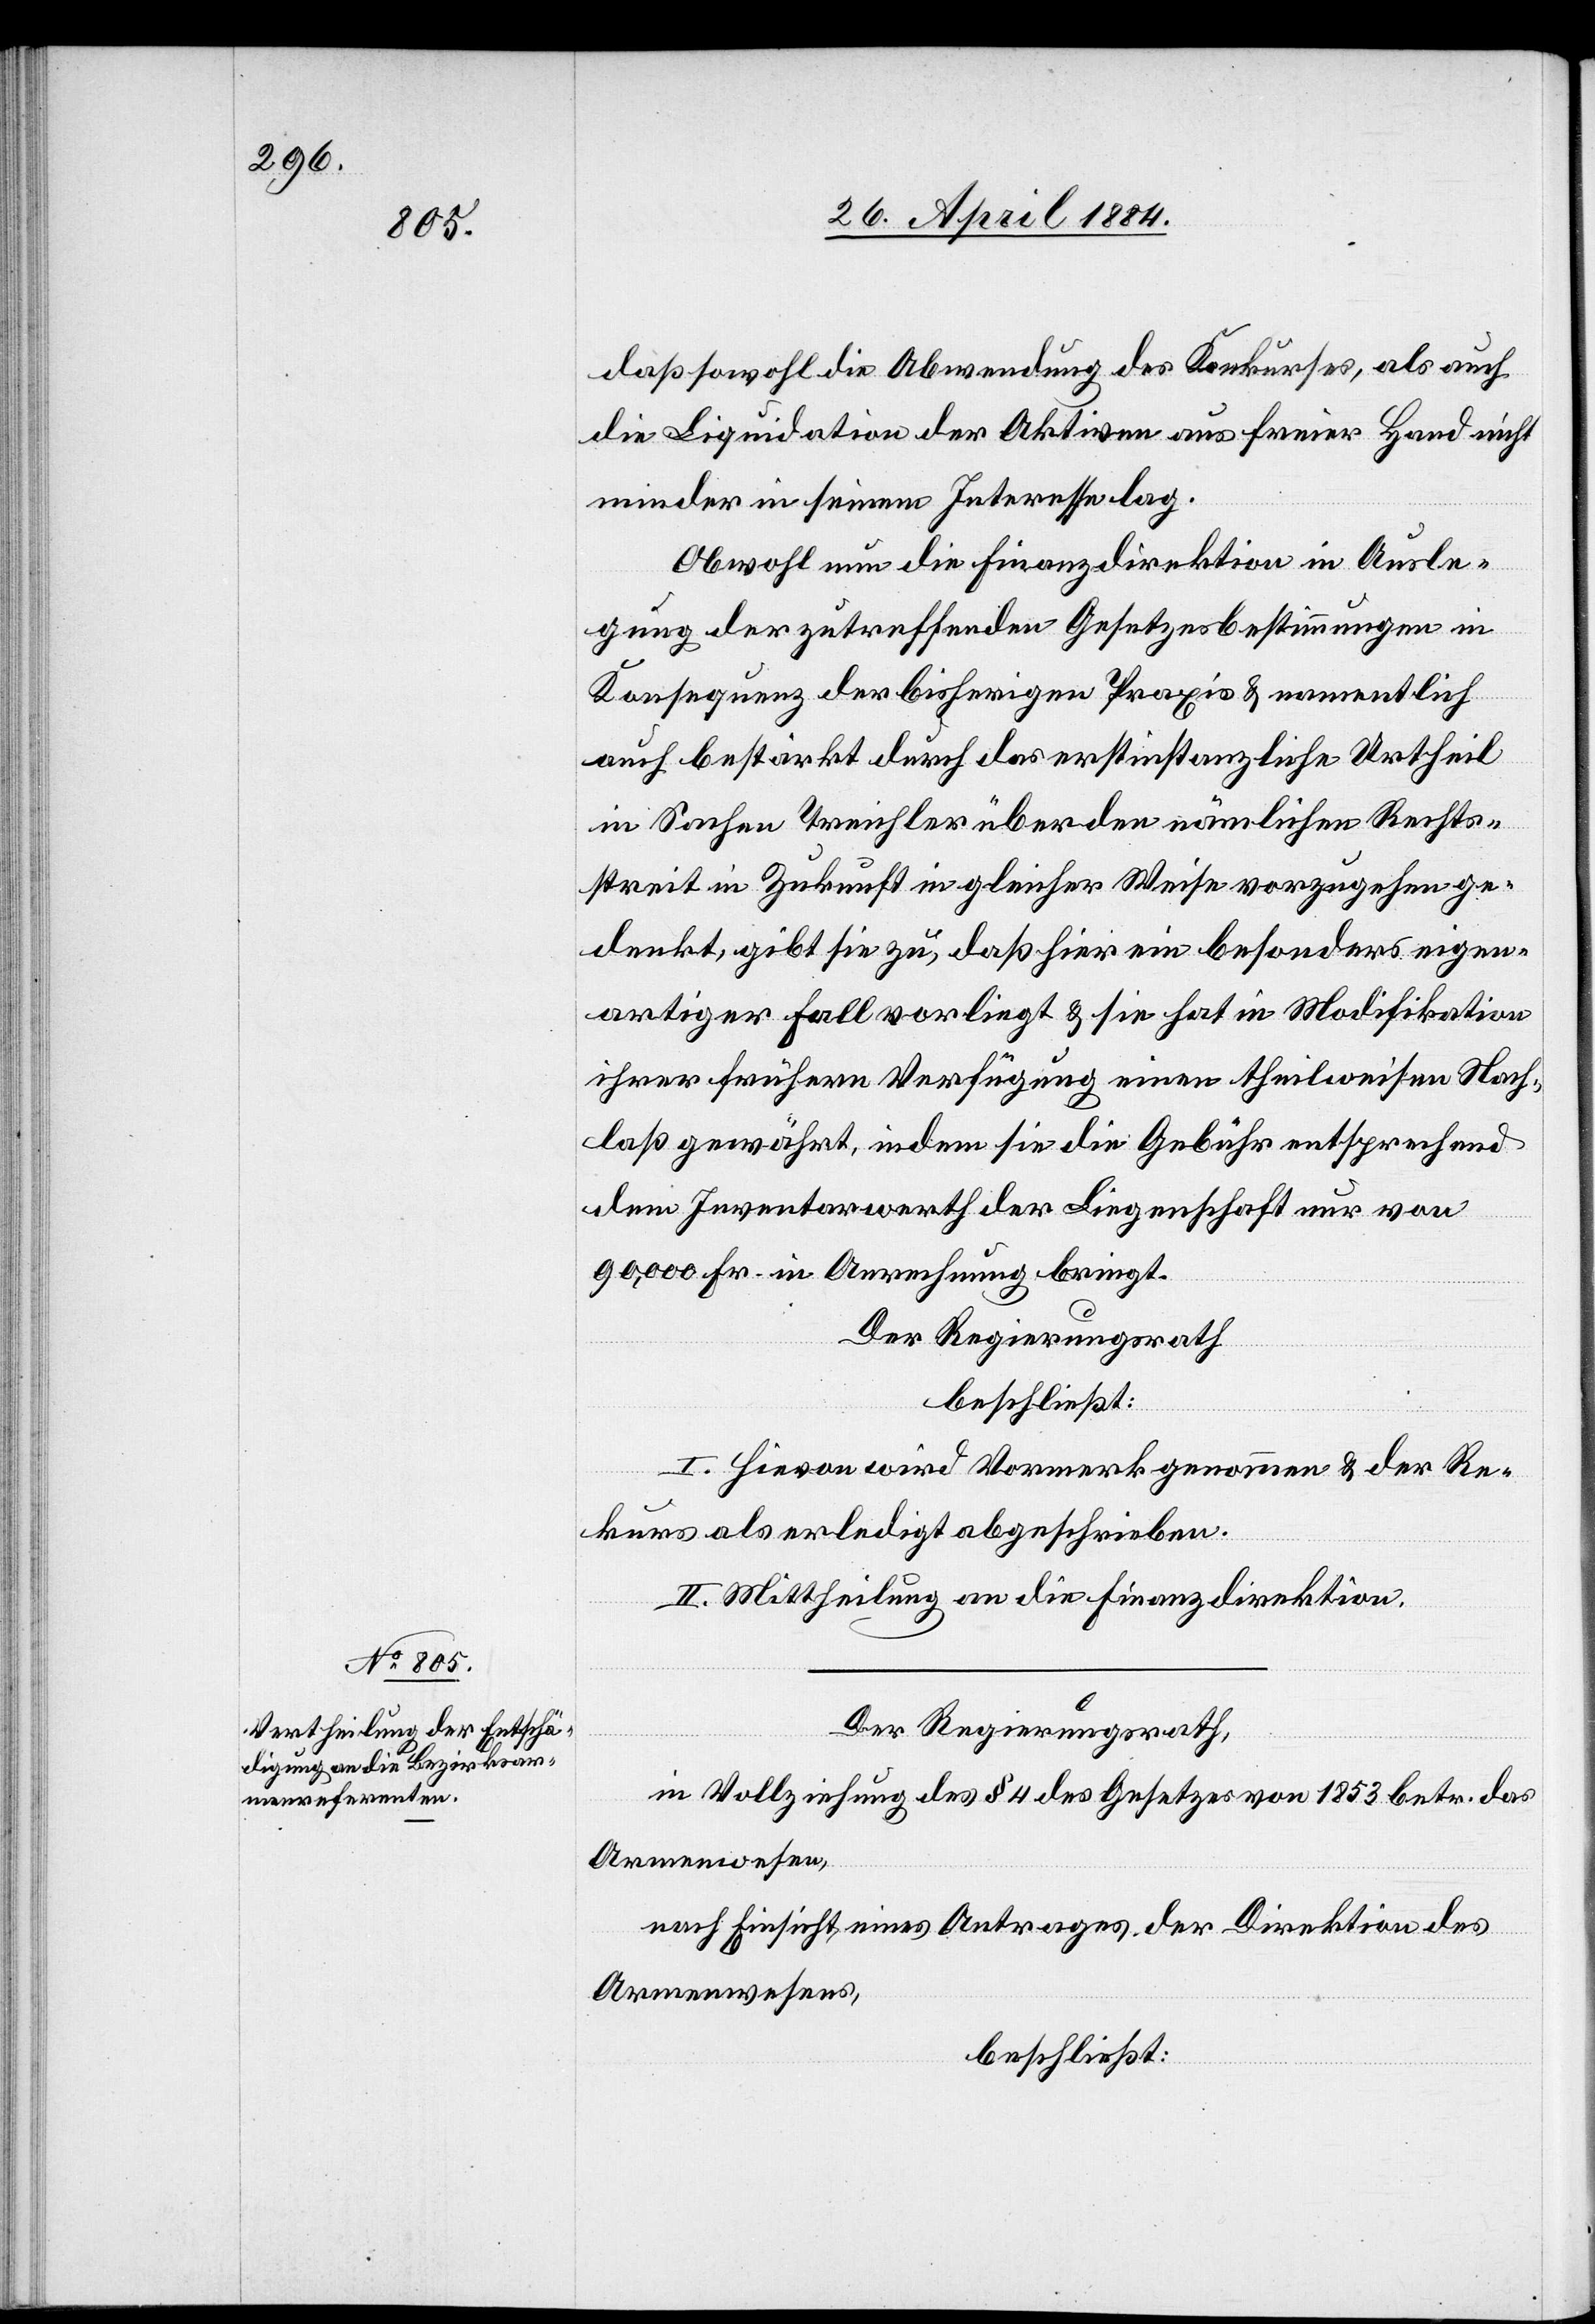
daß sowohl die Abwendung des Konkurses, als auch
die Liquidation der Aktiven aus freier Hand nicht
minder in seinem Interesse lag.
Obwohl nun die Finanzdirektion in Ausle¬
gung der zutreffenden Gesetzesbestimmungen in
Konsequenz der bisherigen Praxis & namentlich
auch bestärkt durch das erstinstanzliche Urtheil
in Sachen Treichler über den nämlichen Rechts¬
streit in Zukunft in gleicher Weise vorzugehen ge¬
denkt, gibt sie zu, daß hier ein besonders eigen¬
artiger Fall vorliegt & sie hat in Modifikation
ihrer frühern Verfügung einen theilweisen Nach¬
laß gewährt, indem sie die Gebühr entsprechend
dem Inventarwerth der Liegenschaft nur von
90,000 Fr. in Anrechnung bringt.
Der Regierungsrath
beschließt:
I. Hievon wird Vormerk genommen & der Re¬
kurs als erledigt abgeschrieben.
II. Mittheilung an die Finanzdirektion.
Der Regierungsrath,
in Vollziehung des § 4 des Gesetzes von 1853 betr. das
Armenwesen,
nach Einsicht eines Antrages der Direktion des
Armenwesens,
beschließt: